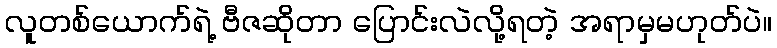
လူတစ်ယောက်ရဲ့ ဗီဇဆိုတာ ပြောင်းလဲလို့ရတဲ့ အရာမှမဟုတ်ပဲ။